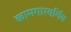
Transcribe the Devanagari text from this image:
कामगारवर्गिय